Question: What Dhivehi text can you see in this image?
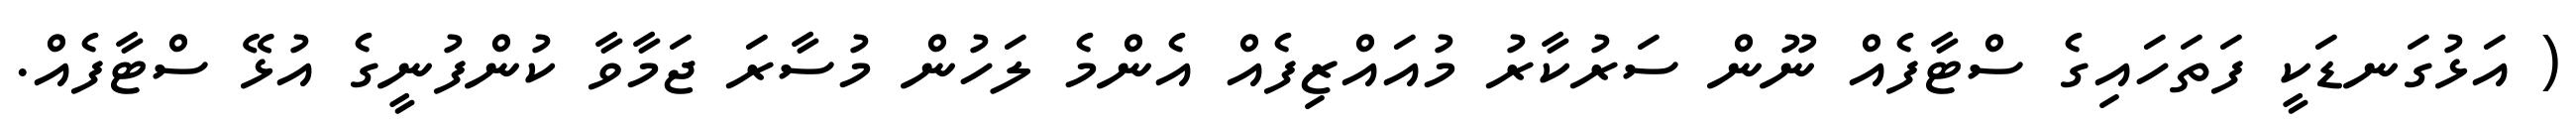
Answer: ( އަޅުގަނޑަކީ ފަތަހައިގެ ސްޓާފެއް ނޫން ސަރުކާރު މުއައްޒިފެއް އެންމެ ލަހުން މުސާރަ ޖަމާވާ ކުންފުނީގެ އުޅޭ ސްޓާފެއް.